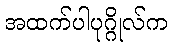
အထက်ပါပုဂ္ဂိုလ်က